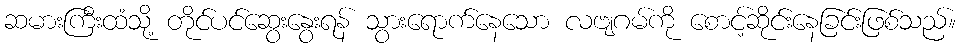
ဆမားကြီးထံသို့ တိုင်ပင်ဆွေးနွေးရန် သွားရောက်နေသော လဗျဂမ်ကို စောင့်ဆိုင်းနေခြင်းဖြစ်သည်။